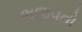
ભજવતો